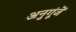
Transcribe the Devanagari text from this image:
अनुगूंजें